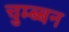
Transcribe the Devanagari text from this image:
चुम्ब्बन